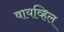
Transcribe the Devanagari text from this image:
वायव्हिल